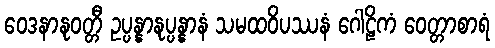
ဝေဒနာနုဝတ္တီ ဥပ္ပန္နာနုပ္ပန္နာနံ သမထဝိပဿနံ ဂေါဠိကံ ဝေတ္တာစာရံ